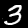
Label: 3